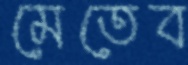
মেতেব